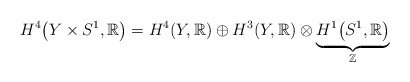
\begin{gather*}H^{4}\big(Y\times S^{1},\mathbb{R}\big) =H^{4} (Y,\mathbb{R} ) \oplus H^{3} (Y,\mathbb{R} ) \otimes\underset{\mathbb{Z}}{\underbrace{H^{1}\big(S^{1},\mathbb{R}\big)}}\end{gather*}